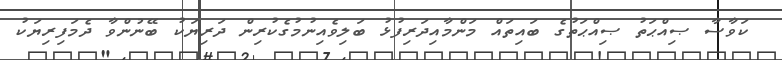
ކަވާސާ ޞިއްޙަތު ޞިއްޙަތުގެ ބައިތައް މަންމާއިދަރިފުޅު ބަލިވެއިނުމުގެކުރިން ދަރިޔަކު ބޭނުންވާ ދެމަފިރިޔަކު